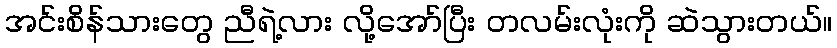
အင်းစိန်သားတွေ ညီရဲ့လား လို့အော်ပြီး တလမ်းလုံးကို ဆဲသွားတယ်။